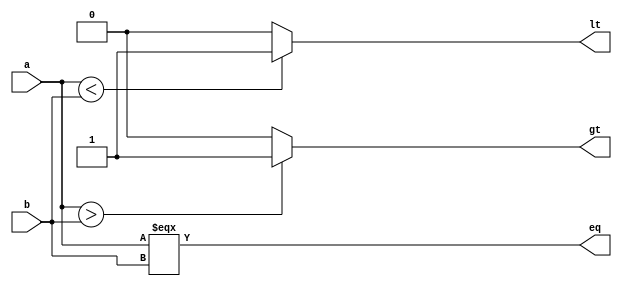
`timescale 1ns / 1ps
//////////////////////////////////////////////////////////////////////////////////
// Company: VirtualSamaj
// 
// Design Name: 
// Module Name: Comparator
// Project Name: 
// Target Devices: 
// Tool Versions: 
// Description: 
// 
// Dependencies: 
// 
// Revision:
// Revision 0.01 - File Created
// Additional Comments:
// 
//////////////////////////////////////////////////////////////////////////////////


module comparator #(parameter WIDTH = 16) (
    input [WIDTH-1:0] a,
    input [WIDTH-1:0] b,
    output eq,
    output lt,
    output gt
    );
    assign eq = (a === b);
    assign lt = (a < b) ? 1'b1 : 1'b0;
    assign gt = (a > b) ? 1'b1 : 1'b0;
endmodule